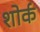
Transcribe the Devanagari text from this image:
शोर्क